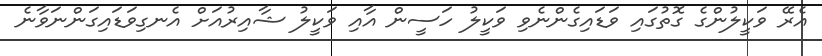
އެރޭ ވަކީލުންގެ ގޮތުގައި ވަޑައިގެންނެވި ވަކީލު ހަސީން އާއި ވަކީލު ޝާއިރުއަށް އެނގިވަޑައިގަންނަވާނެ